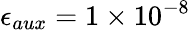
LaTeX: \epsilon_{aux}=1\times 10^{-8}